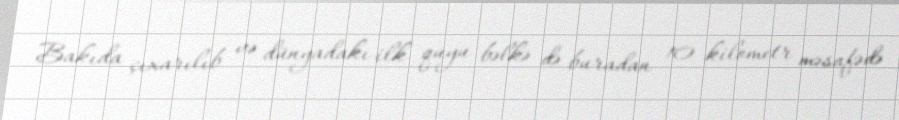
Bakıda çıxarılıb və dünyadakı ilk quyu bəlkə də buradan 10 kilometr məsafədə